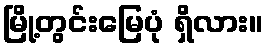
မြို့တွင်းမြေပုံ ရှိလား။